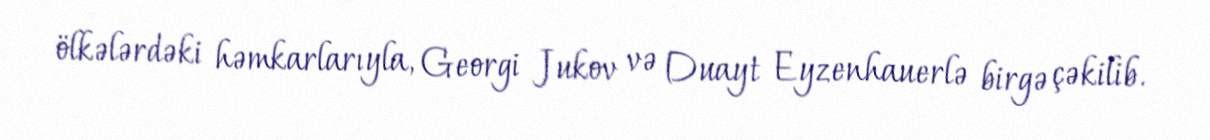
ölkələrdəki həmkarlarıyla, Georgi Jukov və Duayt Eyzenhauerlə birgə çəkilib.